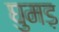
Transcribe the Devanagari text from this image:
घुमड़